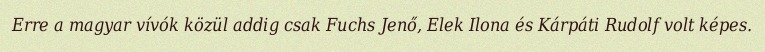
Erre a magyar vívók közül addig csak Fuchs Jenő, Elek Ilona és Kárpáti Rudolf volt képes.